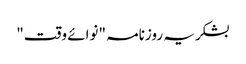
بشکریہ روزنامہ "نوائے وقت"